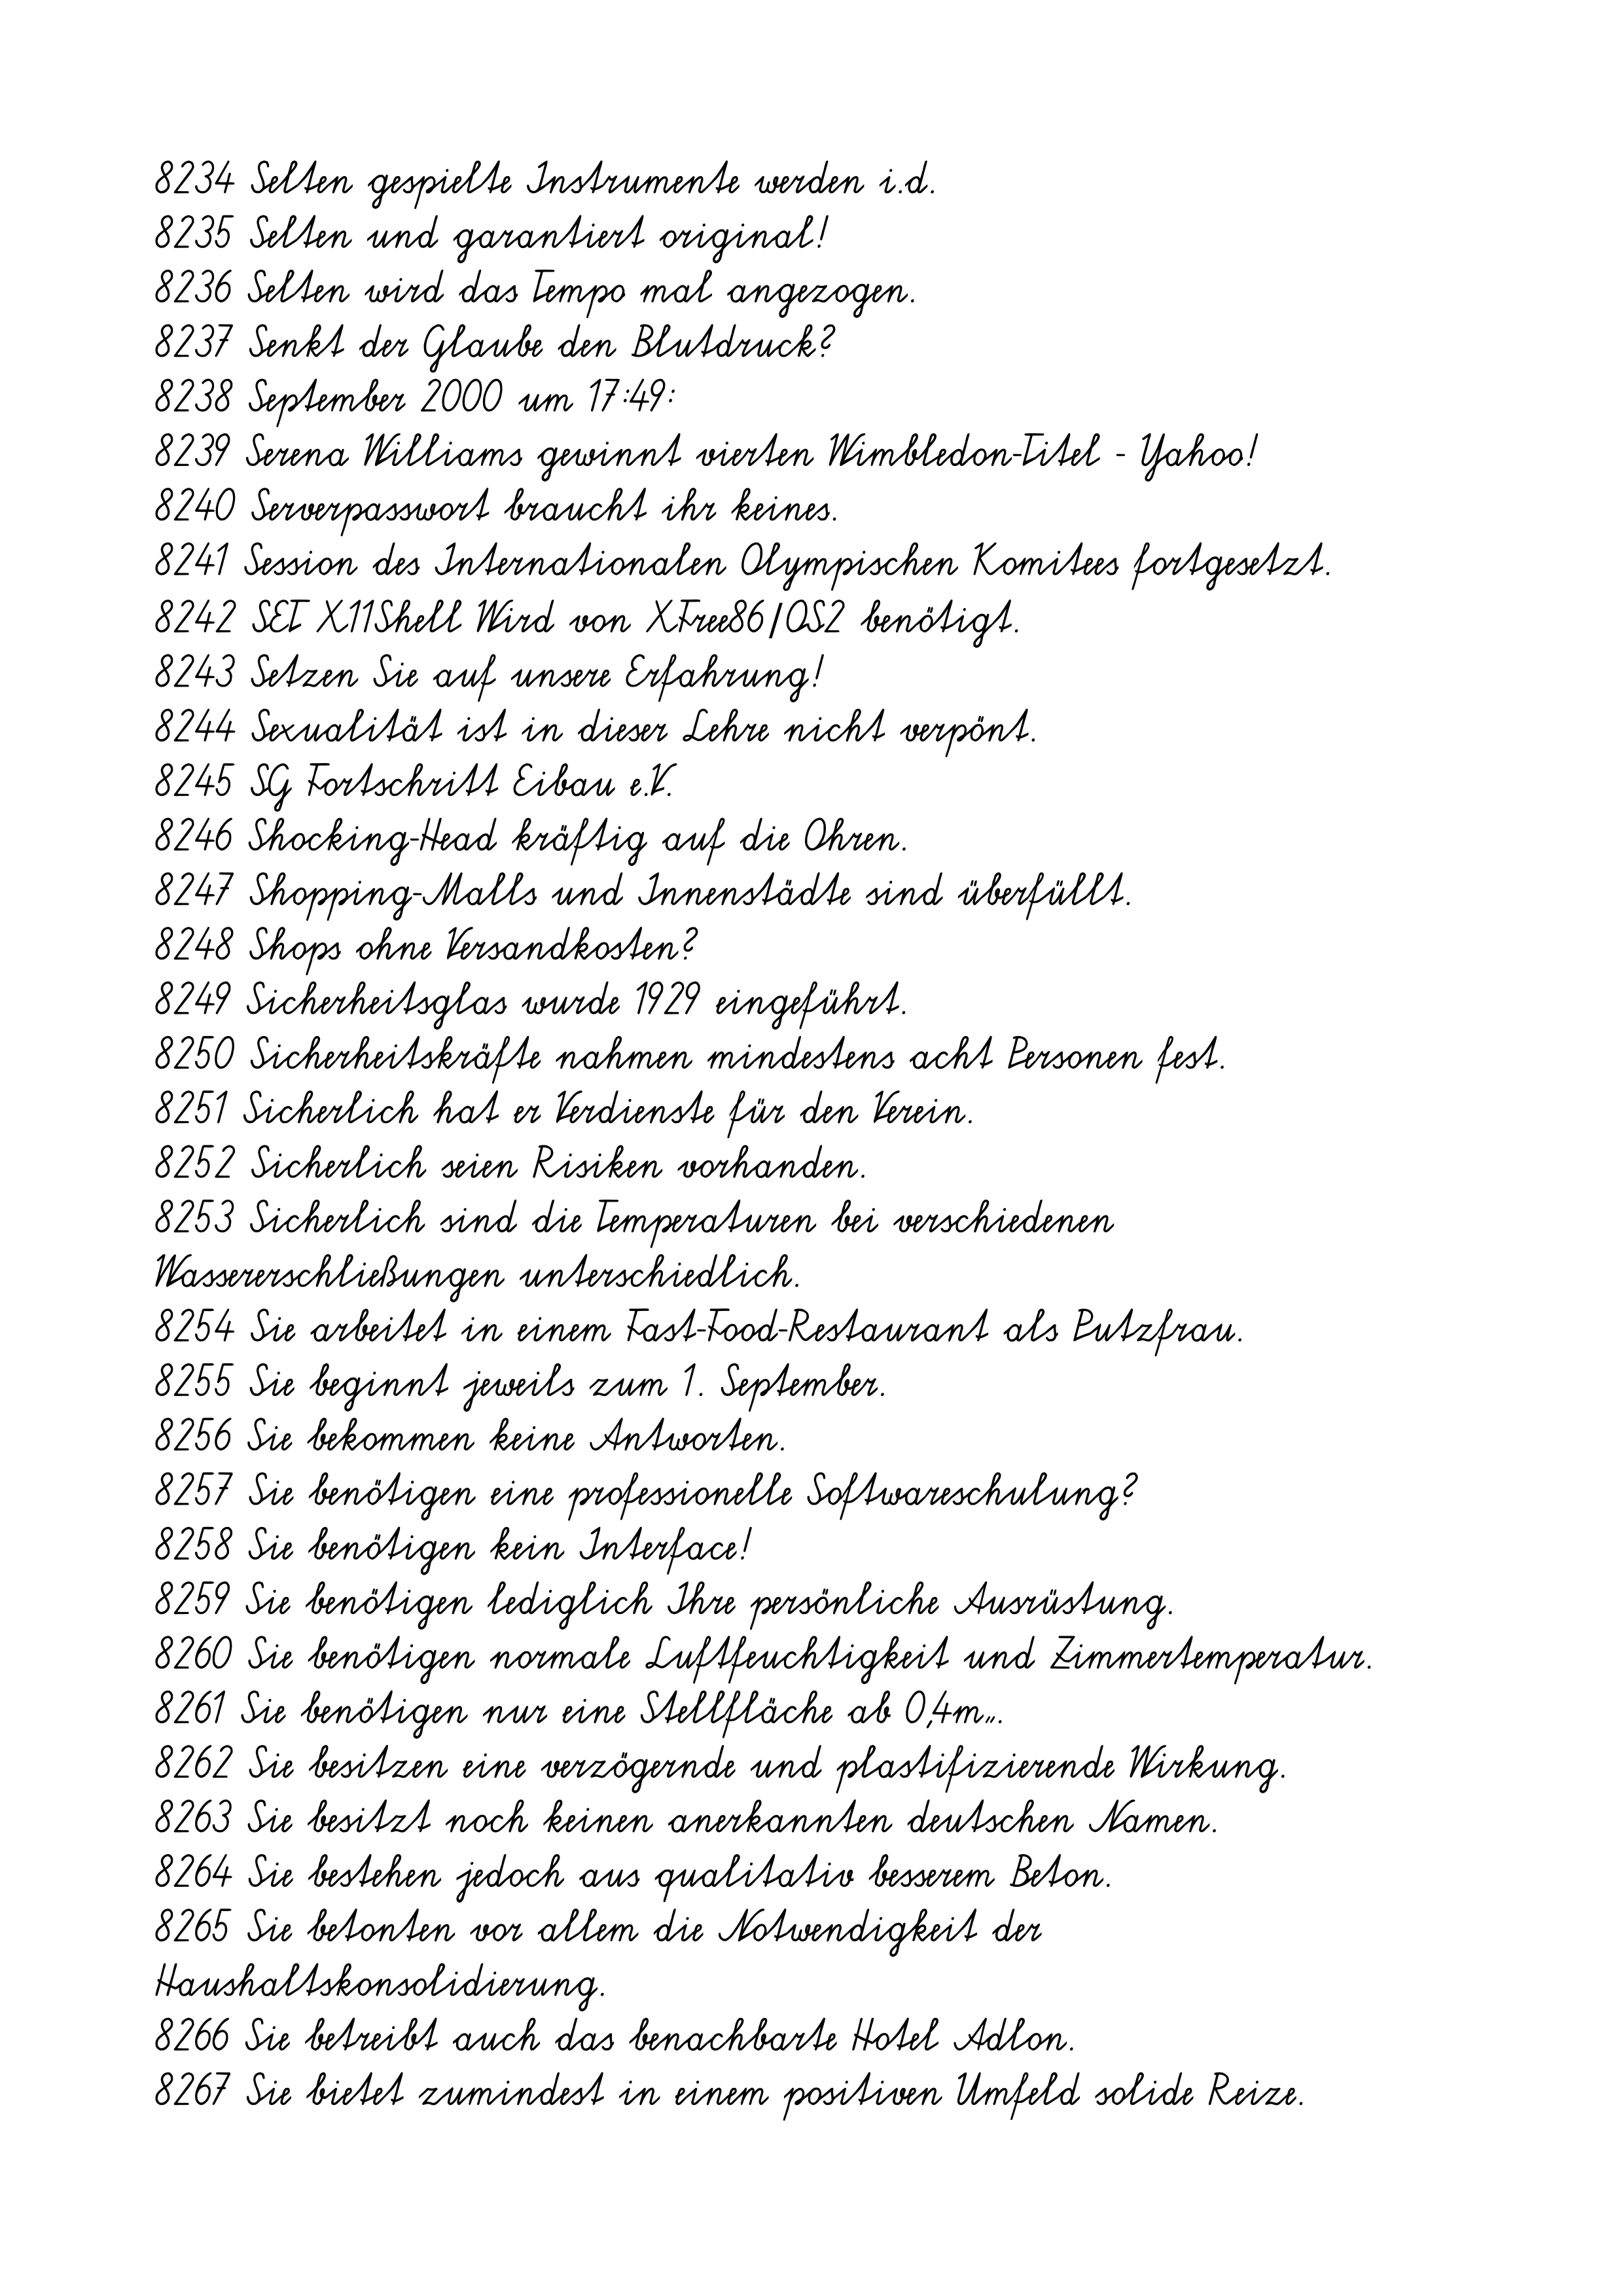
8234 Selten gespielte Instrumente werden i.d.
8235 Selten und garantiert original!
8236 Selten wird das Tempo mal angezogen.
8237 Senkt der Glaube den Blutdruck?
8238 September 2000 um 17:49:
8239 Serena Williams gewinnt vierten Wimbledon-Titel - Yahoo!
8240 Serverpasswort braucht ihr keines.
8241 Session des Internationalen Olympischen Komitees fortgesetzt.
8242 SET X11Shell Wird von XFree86/OS2 benötigt.
8243 Setzen Sie auf unsere Erfahrung!
8244 Sexualität ist in dieser Lehre nicht verpönt.
8245 SG Fortschritt Eibau e.V.
8246 Shocking-Head kräftig auf die Ohren.
8247 Shopping-Malls und Innenstädte sind überfüllt.
8248 Shops ohne Versandkosten?
8249 Sicherheitsglas wurde 1929 eingeführt.
8250 Sicherheitskräfte nahmen mindestens acht Personen fest.
8251 Sicherlich hat er Verdienste für den Verein.
8252 Sicherlich seien Risiken vorhanden.
8253 Sicherlich sind die Temperaturen bei verschiedenen
Wassererschließungen unterschiedlich.
8254 Sie arbeitet in einem Fast-Food-Restaurant als Putzfrau.
8255 Sie beginnt jeweils zum 1. September.
8256 Sie bekommen keine Antworten.
8257 Sie benötigen eine professionelle Softwareschulung?
8258 Sie benötigen kein Interface!
8259 Sie benötigen lediglich Ihre persönliche Ausrüstung.
8260 Sie benötigen normale Luftfeuchtigkeit und Zimmertemperatur.
8261 Sie benötigen nur eine Stellfläche ab 0,4m².
8262 Sie besitzen eine verzögernde und plastifizierende Wirkung.
8263 Sie besitzt noch keinen anerkannten deutschen Namen.
8264 Sie bestehen jedoch aus qualitativ besserem Beton.
8265 Sie betonten vor allem die Notwendigkeit der
Haushaltskonsolidierung.
8266 Sie betreibt auch das benachbarte Hotel Adlon.
8267 Sie bietet zumindest in einem positiven Umfeld solide Reize.